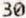
30